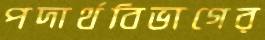
পদার্থবিভাগের